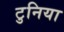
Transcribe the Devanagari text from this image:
टुनिया